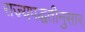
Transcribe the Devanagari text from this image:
राज्यपद्धतीनुसार